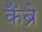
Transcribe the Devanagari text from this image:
कैंब्रे